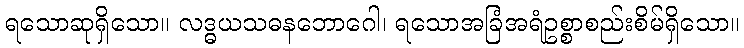
ရသောဆုရှိသော။ လဒ္ဓယသဓနဘောဂေါ၊ ရသောအခြံအရံဥစ္စာစည်းစိမ်ရှိသော။